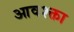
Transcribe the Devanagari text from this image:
आवश्क्ता